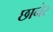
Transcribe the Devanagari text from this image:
छानेर